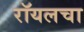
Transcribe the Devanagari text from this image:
रॉयलचा